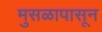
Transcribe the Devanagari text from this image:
मुसळापासून